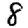
Digit: 8